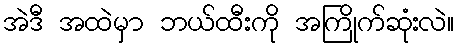
အဲဒီ အထဲမှာ ဘယ်ထီးကို အကြိုက်ဆုံးလဲ။